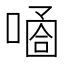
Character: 𠻙